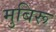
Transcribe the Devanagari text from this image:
मुबिरू